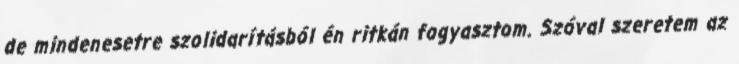
de mindenesetre szolidarításból én ritkán fogyasztom. Szóval szeretem az